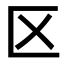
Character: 区